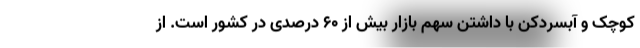
کوچک و آبسردکن با داشتن سهم بازار بیش از 60 درصدی در کشور است. از